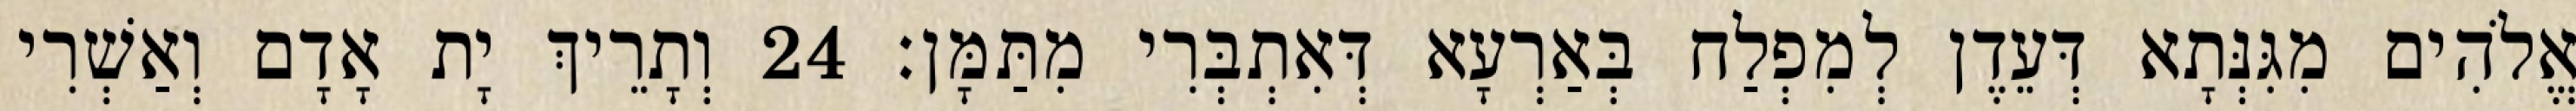
אֱלֹהִים מִגִּנְּתָא דְּעֵדֶן לְמִפְלַח בְּאַרְעָא דְּאִתְבְּרִי מִתַּמָּן׃ 24 וְתָרֵיךְ יָת אָדָם וְאַשְׁרִי